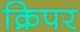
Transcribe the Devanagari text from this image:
क्रिपर